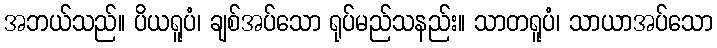
အဘယ်သည်။ ပိယရူပံ၊ ချစ်အပ်သော ရုပ်မည်သနည်း။ သာတရူပံ၊ သာယာအပ်သော